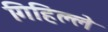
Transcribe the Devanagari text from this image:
गिहिल्ले